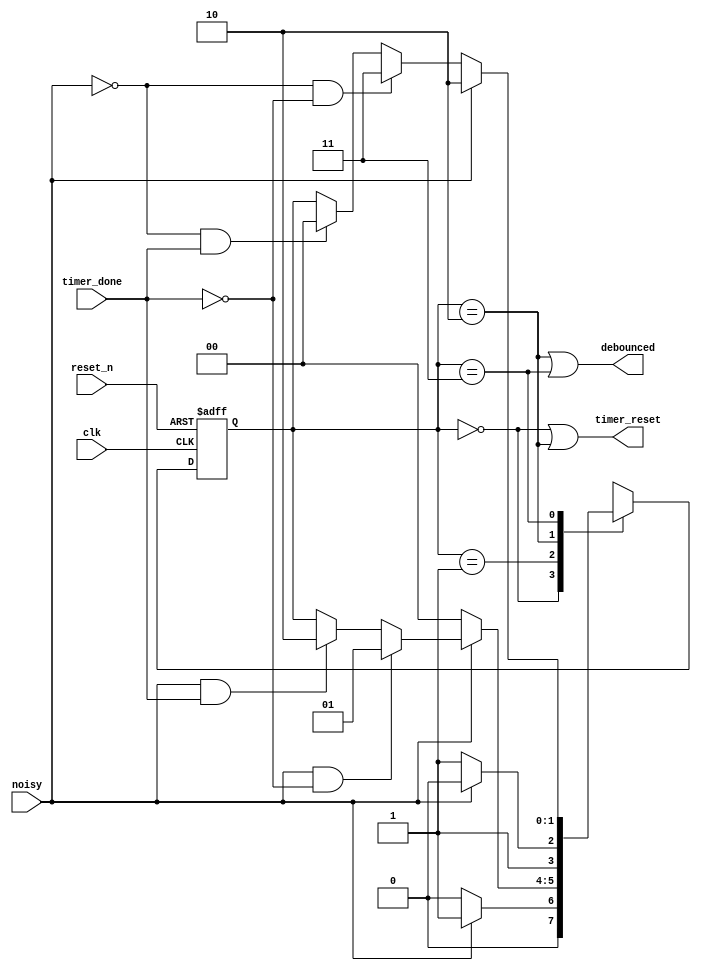

module debouncer_delayed_fsm(
input clk,
input reset_n,
input noisy,
input timer_done,
output timer_reset,
output debounced
);

reg[1:0]state_reg, state_next;
parameter s0 = 0, s1 = 1, s2 = 2, s3 = 3;

// Sequential State Register
always@(posedge clk, negedge reset_n)
begin
	if(~reset_n)
		state_reg <= 0;
	else
		state_reg <= state_next;
end

// Next State logic

always @(*)
begin
	state_next = state_reg;
	case(state_reg)
		s0:
			if(~noisy)
				state_next = s0;
			else
				state_next = s1;
		s1:
			if(~noisy)
				state_next = s0;
			else if(noisy & ~timer_done)
				state_next = s1;
			else if(noisy & timer_done)
				state_next = s2;
		s2:
			if(~noisy)
				state_next = s3;
			else
				state_next = s2;
		s3:
			if(noisy)
				state_next = s2;
			else if(~noisy & ~timer_done)
				state_next = s3;
			else if(~noisy & timer_done)
				state_next = s0;
		default:
			state_next = s0;
	endcase
end	

// Output logic
assign timer_reset = (state_reg == s0) | (state_reg == s2);
assign debounced = (state_reg == s2) | (state_reg == s3);

endmodule